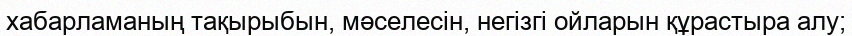
хабарламаның тақырыбын, мәселесін, негізгі ойларын құрастыра алу;